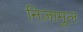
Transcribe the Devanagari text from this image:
निज़ामुल